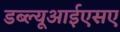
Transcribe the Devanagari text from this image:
डब्ल्यूआईएसए